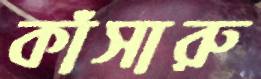
কাঁসারু